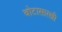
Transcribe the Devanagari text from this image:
बोटासारखी